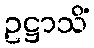
ဥဋ္ဌာသိံ